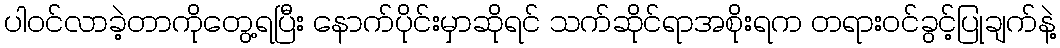
ပါဝင်လာခဲ့တာကိုတွေ့ရပြီး နောက်ပိုင်းမှာဆိုရင် သက်ဆိုင်ရာအစိုးရက တရားဝင်ခွင့်ပြုချက်နဲ့